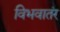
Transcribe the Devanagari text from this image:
विभवातंर